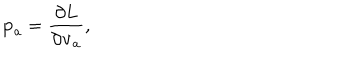
{ \bf p } _ { a } = \frac { \partial L } { \partial { \bf v } _ { a } } ,